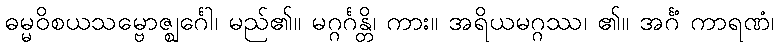
ဓမ္မဝိစယသမ္ဗောဇ္ဈင်္ဂေါ၊ မည်၏။ မဂ္ဂင်္ဂန္တိ၊ ကား။ အရိယမဂ္ဂဿ၊ ၏။ အင်္ဂံ ကာရဏံ၊